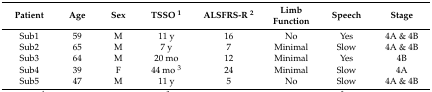
| Patient | Age | Sex | TSSO 1 | ALSFRS-R 2 | Limb Function | Speech | Stage |
 | --- | --- | --- | --- | --- | --- | --- | --- |
 | Sub1 | 59 | M | 11 y | 16 | No | Yes | 4A & 4B |
 | Sub2 | 65 | M | 7 y | 7 | Minimal | Slow | 4A & 4B |
 | Sub3 | 64 | M | 20 mo | 12 | Minimal | Yes | 4B |
 | Sub4 | 39 | F | 44 mo 3 | 24 | Minimal | Slow | 4A |
 | Sub5 | 47 | M | 11 y | 5 | No | Slow | 4A & 4B |